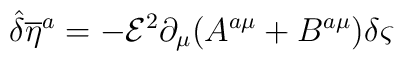
{\hat{\delta}} {{\overline{\eta}} ^{a}}=-{\mathcal{E}}^{2}\partial _{\mu }(A^{a\mu }+B^{a\mu })\delta \varsigma